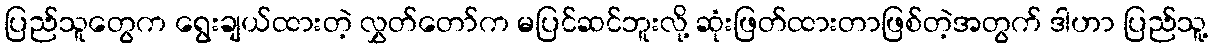
ပြည်သူတွေက ရွေးချယ်ထားတဲ့ လွှတ်တော်က မပြင်ဆင်ဘူးလို့ ဆုံးဖြတ်ထားတာဖြစ်တဲ့အတွက် ဒါဟာ ပြည်သူ့